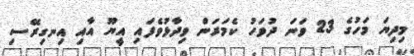
މިދިޔަ މަހުގެ 23 ވަނަ ދުވަހު ކެމަރަން ވިދާޅުވެފައި އީޔޫ އާއި އިނގިރޭސި